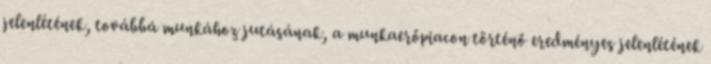
jelenlétének, továbbá munkához jutásának, a munkaerőpiacon történő eredményes jelenlétének